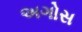
અગોસ